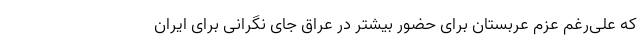
که علی‌رغم عزم عربستان برای حضور بیشتر در عراق جای نگرانی برای ایران